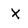
Character: X